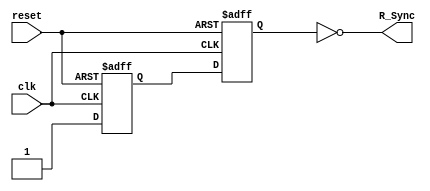
`timescale 1ns / 1ps
//****************************************************************//
//                                                                //
//  Class: CECS 360			                                       //
//  Project name: Project1_CECS360	                              //
//                                                                //
//  Created by Umar Khan on 09/16/2017                            //
//                                                                //
//  Abstract: Helps with the violation of timing constraints.     //
//                                                                //
//****************************************************************//

module AISO(clk,reset, R_Sync);

	input clk, reset;
	output R_Sync;
	wire R_sync;
	reg F1, F2;

	always @ (posedge clk, posedge reset) begin

		if (reset)
			{F1,F2} <= 2'B00;
		else
			{F1,F2} <= {1'b1,F1};
		end

		assign R_Sync = !F2;

endmodule